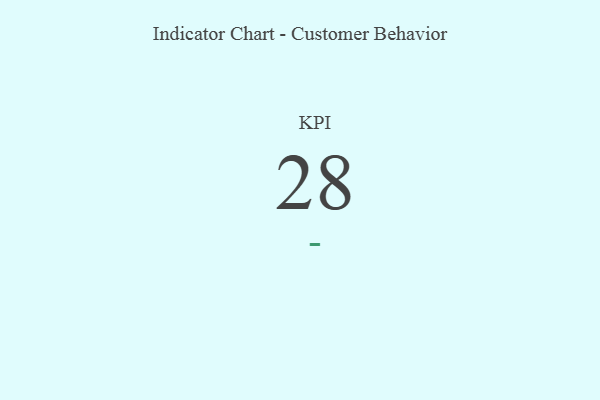
{"axis": {"x": "KPI", "y": "Value"}, "legend": [""], "data": [{"x": "KPI", "y": 28, "type": ""}]}